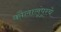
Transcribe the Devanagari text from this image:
कौलालूंपूरचे